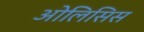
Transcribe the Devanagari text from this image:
ओलिसिस